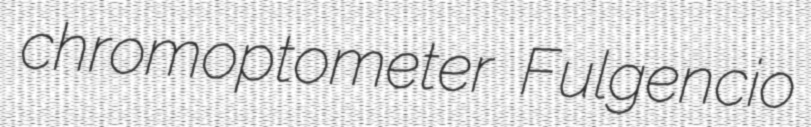
chromoptometer Fulgencio